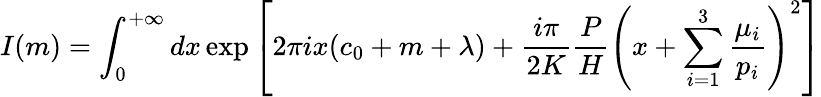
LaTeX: I(m)=\int_{0}^{+\infty}dx\exp\left[2\pi ix(c_{0}+m+\lambda)+\frac{i\pi}{2K}\frac{P}{H}\left(x+\sum_{i=1}^{3}\frac{\mu_{i}}{p_{i}}\right)^{2}\right]